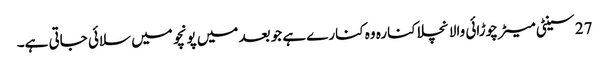
27 سینٹی میٹر چوڑائی والا نچلا کنارہ وہ کنارے ہے جو بعد میں پونچو میں سلائی جاتی ہے۔